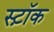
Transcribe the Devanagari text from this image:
स्ट़ॉक